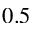
0 . 5